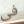
فى